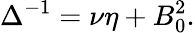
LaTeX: \Delta^{-1}=\nu\eta+B_{0}^{2}.